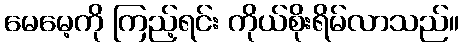
မေမေ့ကို ကြည့်ရင်း ကိုယ်စိုးရိမ်လာသည်။